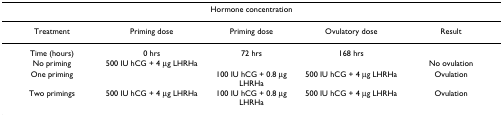
<table><thead><tr><td></td><td></td><td><b>Hormone concentration</b></td><td></td><td></td></tr></thead><tbody><tr><td>Treatment</td><td>Priming dose</td><td>Priming dose</td><td>Ovulatory dose</td><td>Result</td></tr><tr><td>Time (hours)</td><td>0 hrs</td><td>72 hrs</td><td>168 hrs</td><td></td></tr><tr><td>No priming</td><td>500 IU hCG + 4 μg LHRHa</td><td></td><td></td><td>No ovulation</td></tr><tr><td>One priming</td><td></td><td>100 IU hCG + 0.8 μg LHRHa</td><td>500 IU hCG + 4 μg LHRHa</td><td>Ovulation</td></tr><tr><td>Two primings</td><td>500 IU hCG + 4 μg LHRHa</td><td>100 IU hCG + 0.8 μg LHRHa</td><td>500 IU hCG + 4 μg LHRHa</td><td>Ovulation</td></tr></tbody></table>